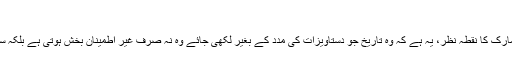
(4)
زبانی تاریخ کو جدید تاریخ کے دامن میں رکھتے ہوئے آرتھر مارکؔ کا نقطہ نظر، یہ ہے کہ وہ تاریخ جو دستاویزات کی مدد کے بغیر لکھی جائے وہ نہ صرف غیر اطمینان بخش ہوتی ہے بلکہ سطحی بھی ہوتی ہے مگر اس کے باوجود وہ تاریخ ہی ہوتی ہے۔